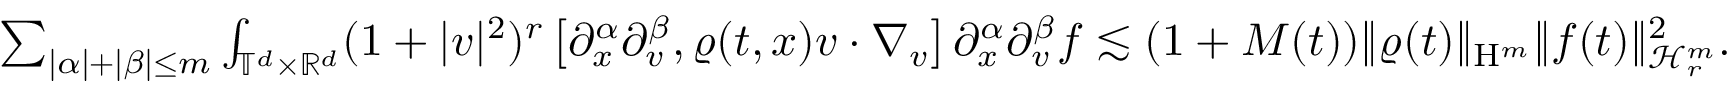
\begin{array} { r } { \sum _ { \vert \alpha \vert + \vert \beta \vert \leq m } \int _ { \mathbb T ^ { d } \times \mathbb R ^ { d } } ( 1 + \vert v \vert ^ { 2 } ) ^ { r } \left[ \partial _ { x } ^ { \alpha } \partial _ { v } ^ { \beta } , \varrho ( t , x ) v \cdot \nabla _ { v } \right] \partial _ { x } ^ { \alpha } \partial _ { v } ^ { \beta } f \lesssim ( 1 + M ( t ) ) \Vert \varrho ( t ) \Vert _ { \mathrm { H } ^ { m } } \Vert f ( t ) \Vert _ { \mathcal { H } _ { r } ^ { m } } ^ { 2 } . } \end{array}